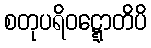
စတုပရိဝဋ္ဋောတိပိ